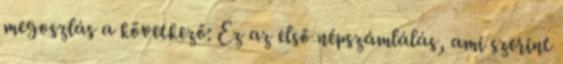
megoszlás a következő: Ez az első népszámlálás, ami szerint